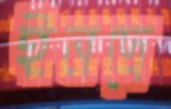
ইনদ্রে